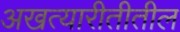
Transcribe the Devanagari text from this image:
अखत्यारीतीतील